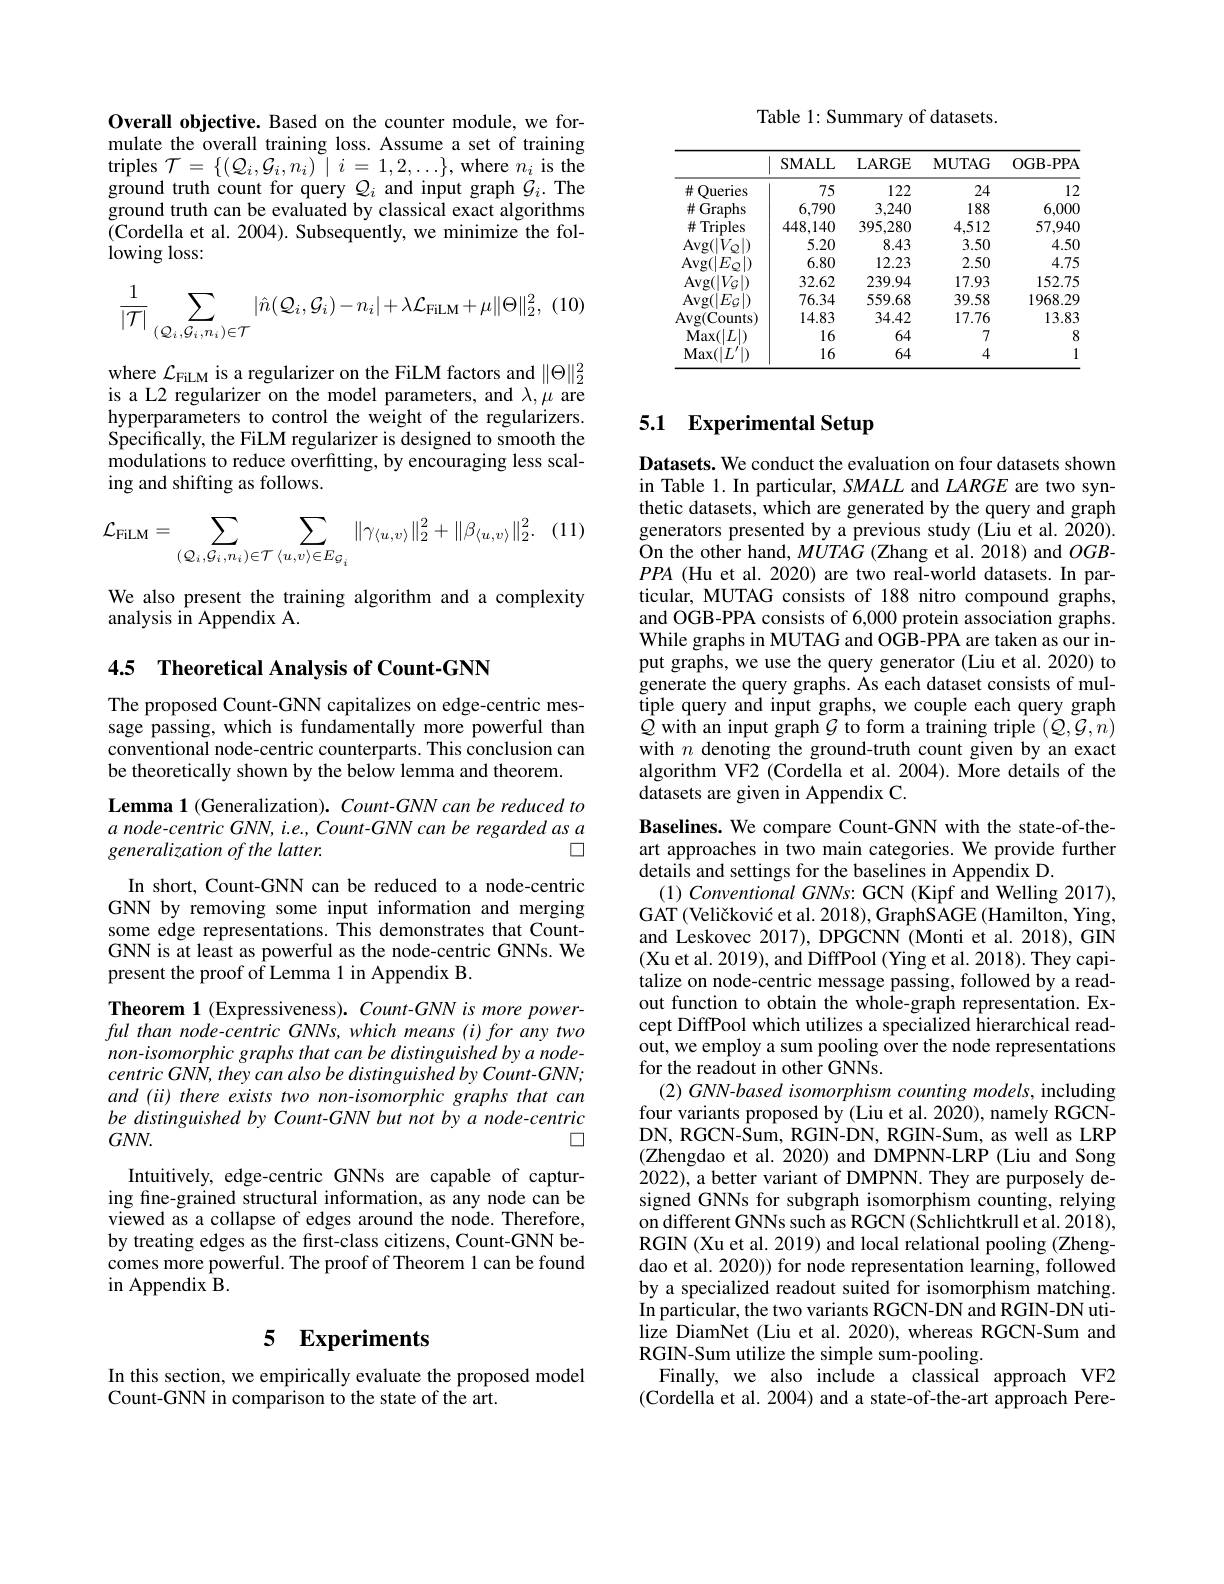
Overall objective. Based on the counter module, we formulate the overall training loss. Assume a set of training triples $\mathcal{T} = \{ ( \mathcal{Q} _{i}, \mathcal{G} _{i}, n_{i})$ $\tilde{\mid } i= 1, 2, \ldots \} $, where $n_{i}$ is the ground truth count for query $Q_i$ and input graph $\mathcal{G}_i.$ The ground truth can be evaluated by classical exact algorithms (Cordella et al. 2004). Subsequently, we minimize the fol- $\log\log\log$
$$\frac{1}{|\mathcal{T}|}\sum_{(\mathcal{Q}_{i},\mathcal{G}_{i},n_{i})\in\mathcal{T}}|\hat{n}(\mathcal{Q}_{i},\mathcal{G}_{i})-n_{i}|+\lambda\mathcal{L}_{\mathrm{FiLM}}+\mu\|\Theta\|_{2}^{2},$$
where $\mathcal{L}_\mathrm{FiLM}$ is a regularizer on the FiLM factors and $\|\Theta\|_2^2$ is a L2 regularizer on the model parameters, and $\lambda,\mu$ are hyperparameters to control the weight of the regularizers Specifically, the FiLM regularizer is designed to smooth the modulations to reduce overfitting, by encouraging less scaling and shifting as follows.

$\therefore(11)$
$$\mathcal{L}_{\mathrm{FiLM}}=\sum_{(\mathcal{Q}_{i},\mathcal{G}_{i},n_{i})\in\mathcal{T}}\sum_{\langle u,v\rangle\in E_{\mathcal{G}_{i}}}\|\gamma_{\langle u,v\rangle}\|_{2}^{2}+\|\beta_{\langle u,v\rangle}\|_{2}^{2}.$$
We also present the training algorithm and a complexity
analysis in Appendix A.

## 4.5 Theoretical Analysis of Count-GNN

The proposed Count-GNN capitalizes on edge-centric message passing, which is fundamentally more powerful than conventional node-centric counterparts. This conclusion can be theoretically shown by the below lemma and theorem.

Lemma 1 (Generalization). Count- GNN can be reduced to a node-centric GNN, i.e., Count-GNN can be regarded as a
$\square$
generalization of the latter.

In short, Count-GNN can be reduced to a node-centric GNN by removing some input information and merging some edge representations. This demonstrates that CountGNN is at least as powerful as the node-centric GNNs. We present the proof of Lemma 1 in Appendix B.

Theorem 1 (Expressiveness). Count-GNN is more powerful than node-centric GNNs, which means (i) for any two non-isomorphic graphs that can be distinguished by a node- $centricGNN,theycanalsobedistinguishedbyCount-GNN;$ and (ii) there exists two non-isomorphic graphs that can be distinguished by Count-GNN but not by a node-centric $GNN.$
$\square$
Intuitively, edge-centric GNNs are capable of capturing fine-grained structural information, as any node can be viewed as a collapse of edges around the node. Therefore, by treating edges as the first-class citizens, Count-GNN becomes more powerful. The proof of Theorem 1 can be found $\operatorname{in}$Appendix B.

## 5 $\mathbf{Experiments}$

In this section, we empirically evaluate the proposed model
Count-GNN in comparison to the state of the art.

Table 1: Summary of datasets.

<table>
	<tbody>
		<tr>
			<th> </th>
			<th>SMALL</th>
			<th>LARGE</th>
			<th>$\mathbf{MUTAG}$</th>
			<th>OGB- PPA</th>
		</tr>
		<tr>
			<td>井 Oueries</td>
			<td>75</td>
			<td>122</td>
			<td>24</td>
			<td>12</td>
		</tr>
		<tr>
			<td>Graphs 井</td>
			<td>6.790</td>
			<td>3,240</td>
			<td>188</td>
			<td>6,000</td>
		</tr>
		<tr>
			<td>Triples 井</td>
			<td>448,140</td>
			<td>395,280</td>
			<td>4.512</td>
			<td>57.940</td>
		</tr>
		<tr>
			<td>$Avg(|V$</td>
			<td>5.20</td>
			<td>8.43</td>
			<td>3.50</td>
			<td>4.50</td>
		</tr>
		<tr>
			<td>$\operatorname{Avg}(|.$</td>
			<td>6.80</td>
			<td>12.23</td>
			<td>2.50</td>
			<td>4.75</td>
		</tr>
		<tr>
			<td>Avg( | $V$) 1</td>
			<td>32.62</td>
			<td>239.94</td>
			<td>17.93</td>
			<td>152.75</td>
		</tr>
		<tr>
			<td>$\operatorname{Avg}(\|E_{G}$</td>
			<td>76.34</td>
			<td>559.68</td>
			<td>39.58</td>
			<td>1968.29</td>
		</tr>
		<tr>
			<td>Avg(Counts)</td>
			<td>14.83</td>
			<td>34.42</td>
			<td>17.76</td>
			<td>13.83</td>
		</tr>
		<tr>
			<td>Max$( | L| )$</td>
			<td>16</td>
			<td>64</td>
			<td>7</td>
			<td>8</td>
		</tr>
		<tr>
			<td>$\operatorname{Max}(|L$</td>
			<td>16</td>
			<td>64</td>
			<td>4</td>
			<td>1</td>
		</tr>
	</tbody>
</table>

## 5.1 Experimental Setup

Datasets. We conduct the evaluation on four datasets shown in Table 1. In particular, SMALL and $LARGE$ are two synthetic datasets, which are generated by the query and graph generators presented by a previous study (Liu et al. 2020). On the other hand, $MUTAG$ (Zhang et al. 2018) and $OGB$- $PPA$ (Hu et al. 2020) are two real-world datasets. In particular, MUTAG consists of 188 nitro compound graphs, and OGB-PPA consists of 6,000 protein association graphs. While graphs in MUTAG and OGB-PPA are taken as our input graphs, we use the query generator (Liu et al. 2020) to generate the query graphs. As each dataset consists of multiple query and input graphs, we couple each query graph $Q$ with an input graph $\mathcal{G}$ to form a training triple $(\mathcal{Q},\mathcal{G},n)$ with $n$ denoting the ground-truth count given by an exact algorithm VF2 (Cordella et al. 2004). More details of the datasets are given in Appendix C.

Baselines. We compare Count-GNN with the state-of-theart approaches in two main categories. We provide further details and settings for the baselines in Appendix D.
$( 1) \textit{ Conventional GNNs: GCN ( Kipf and Welling 2017) , }$ GAT (Veličković et al. 2018), GraphSAGE (Hamilton, Ying, and Leskovec 2017), DPGCNN (Monti et al. 2018), GIN (Xu et al. 2019), and DiffPool (Ying et al. 2018). They capitalize on node-centric message passing, followed by a readout function to obtain the whole-graph representation. Except DiffPool which utilizes a specialized hierarchical readout, we employ a sum pooling over the node representations for the readout in other GNNs.
(2) GNN-based isomorphism counting models, including four variants proposed by (Liu et al. 2020), namely RGCNDN, RGCN-Sum, RGIN-DN, RGIN-Sum, as well as LRP (Zhengdao et al.2020) and DMPNN-LRP (Liu and Song 2022), a better variant of DMPNN. They are purposely designed GNNs for subgraph isomorphism counting, relying on different GNNs such as RGCN (Schlichtkrull et al. 2018), RGIN (Xu et al. 2019) and local relational pooling (Zhengdao et al. 2020) for node representation learning, followed by a specialized readout suited for isomorphism matching. In particular, the two variants RGCN-DN and RGIN-DN utilize DiamNet (Liu et al. 2020), whereas RGCN-Sum and RGIN-Sum utilize the simple sum-pooling.
Finally, we also include a classical approach VF2 (Cordella et al. 2004) and a state-of-the-art approach Pere-